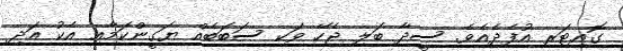
ގޮއިޓަރ އުފެދެއެވެ. ސީދާ ބަލި ޖެހޭ ވަކި ސަބަބެއް ޔަގީންކަމާއި އެކު އަދި